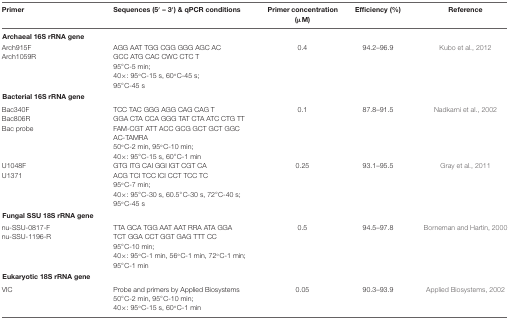
| Primer | Sequences (5′ – 3′) & qPCR conditions | Primer concentration (μM) | Efficiency (%) | Reference |
 | --- | --- | --- | --- | --- |
 | Archaeal 16S rRNA gene |  |  |  |
 | Arch915F | AGG AAT TGG CGG GGG AGC AC | 0.4 | 94.2–96.9 | Kubo et al., 2012 |
 | Arch1059R | GCC ATG CAC CWC CTC T |  |  |  |
 |  | 95°C-5 min; |  |  |  |
 |  | 40×: 95°C-15 s, 60°C-45 s; |  |  |  |
 |  | 95°C-45 s |  |  |  |
 | Bacterial 16S rRNA gene |  |  |  |
 | Bac340F | TCC TAC GGG AGG CAG CAG T | 0.1 | 87.8–91.5 | Nadkarni et al., 2002 |
 | Bac806R | GGA CTA CCA GGG TAT CTA ATC CTG TT |  |  |  |
 | Bac probe | FAM-CGT ATT ACC GCG GCT GCT GGC |  |  |  |
 |  | AC-TAMRA |  |  |  |
 |  | 50°C-2 min, 95°C-10 min; |  |  |  |
 |  | 40×: 95°C-15 s, 60°C-1 min |  |  |  |
 | U1048F | GTG ITG CAI GGI IGT CGT CA | 0.25 | 93.1–95.5 | Gray et al., 2011 |
 | U1371 | ACG TCI TCC ICI CCT TCC TC |  |  |  |
 |  | 95°C-7 min; |  |  |  |
 |  | 40×: 95°C-30 s, 60.5°C-30 s, 72°C-40 s; |  |  |  |
 |  | 95°C-45 s |  |  |  |
 | Fungal SSU 18S rRNA gene |  |  |  |  |
 | nu-SSU-0817-F | TTA GCA TGG AAT AAT RRA ATA GGA | 0.5 | 94.5–97.8 | Borneman and Hartin, 2000 |
 | nu-SSU-1196-R | TCT GGA CCT GGT GAG TTT CC |  |  |  |
 |  | 95°C-10 min; |  |  |  |
 |  | 40×: 95°C-1 min, 56°C-1 min, 72°C-1 min; |  |  |  |
 |  | 95°C-1 min |  |  |  |
 | Eukaryotic 18S rRNA gene |  |  |  |
 | VIC | Probe and primers by Applied Biosystems | 0.05 | 90.3–93.9 | Applied Biosystems, 2002 |
 |  | 50°C-2 min, 95°C-10 min; |  |  |  |
 |  | 40×: 95°C-15 s, 60°C-1 min |  |  |  |